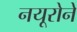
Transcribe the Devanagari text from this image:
नयूरोने